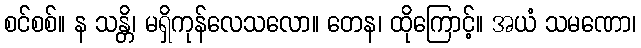
စင်စစ်။ န သန္တိ၊ မရှိကုန်လေသလော။ တေန၊ ထိုကြောင့်။ အယံ သမဏော၊